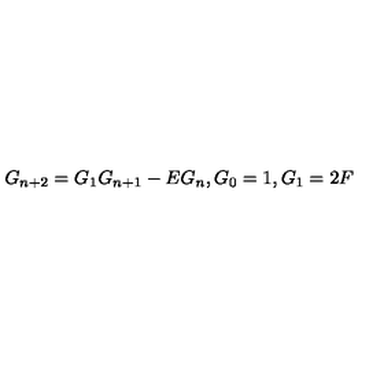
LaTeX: G _ { n + 2 } = G _ { 1 } G _ { n + 1 } - E G _ { n } , G _ { 0 } = 1 , G _ { 1 } = 2 F